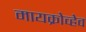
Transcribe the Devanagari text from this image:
मायक्रोव्हेव